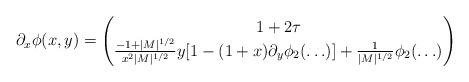
LaTeX: \begin{align*}\partial_x \phi(x,y)=\begin{pmatrix}1+2\tau\\\frac{-1+|M|^{1/2}}{x^2 |M|^{1/2}}y[1-(1+x)\partial_y \phi_2(\ldots)]+\frac{1}{|M|^{1/2}}\phi_2(\ldots)\end{pmatrix}\end{align*}